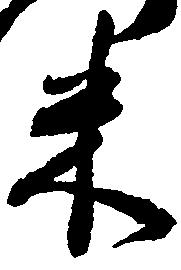
米